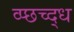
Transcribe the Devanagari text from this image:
व्प्छच्द्ध